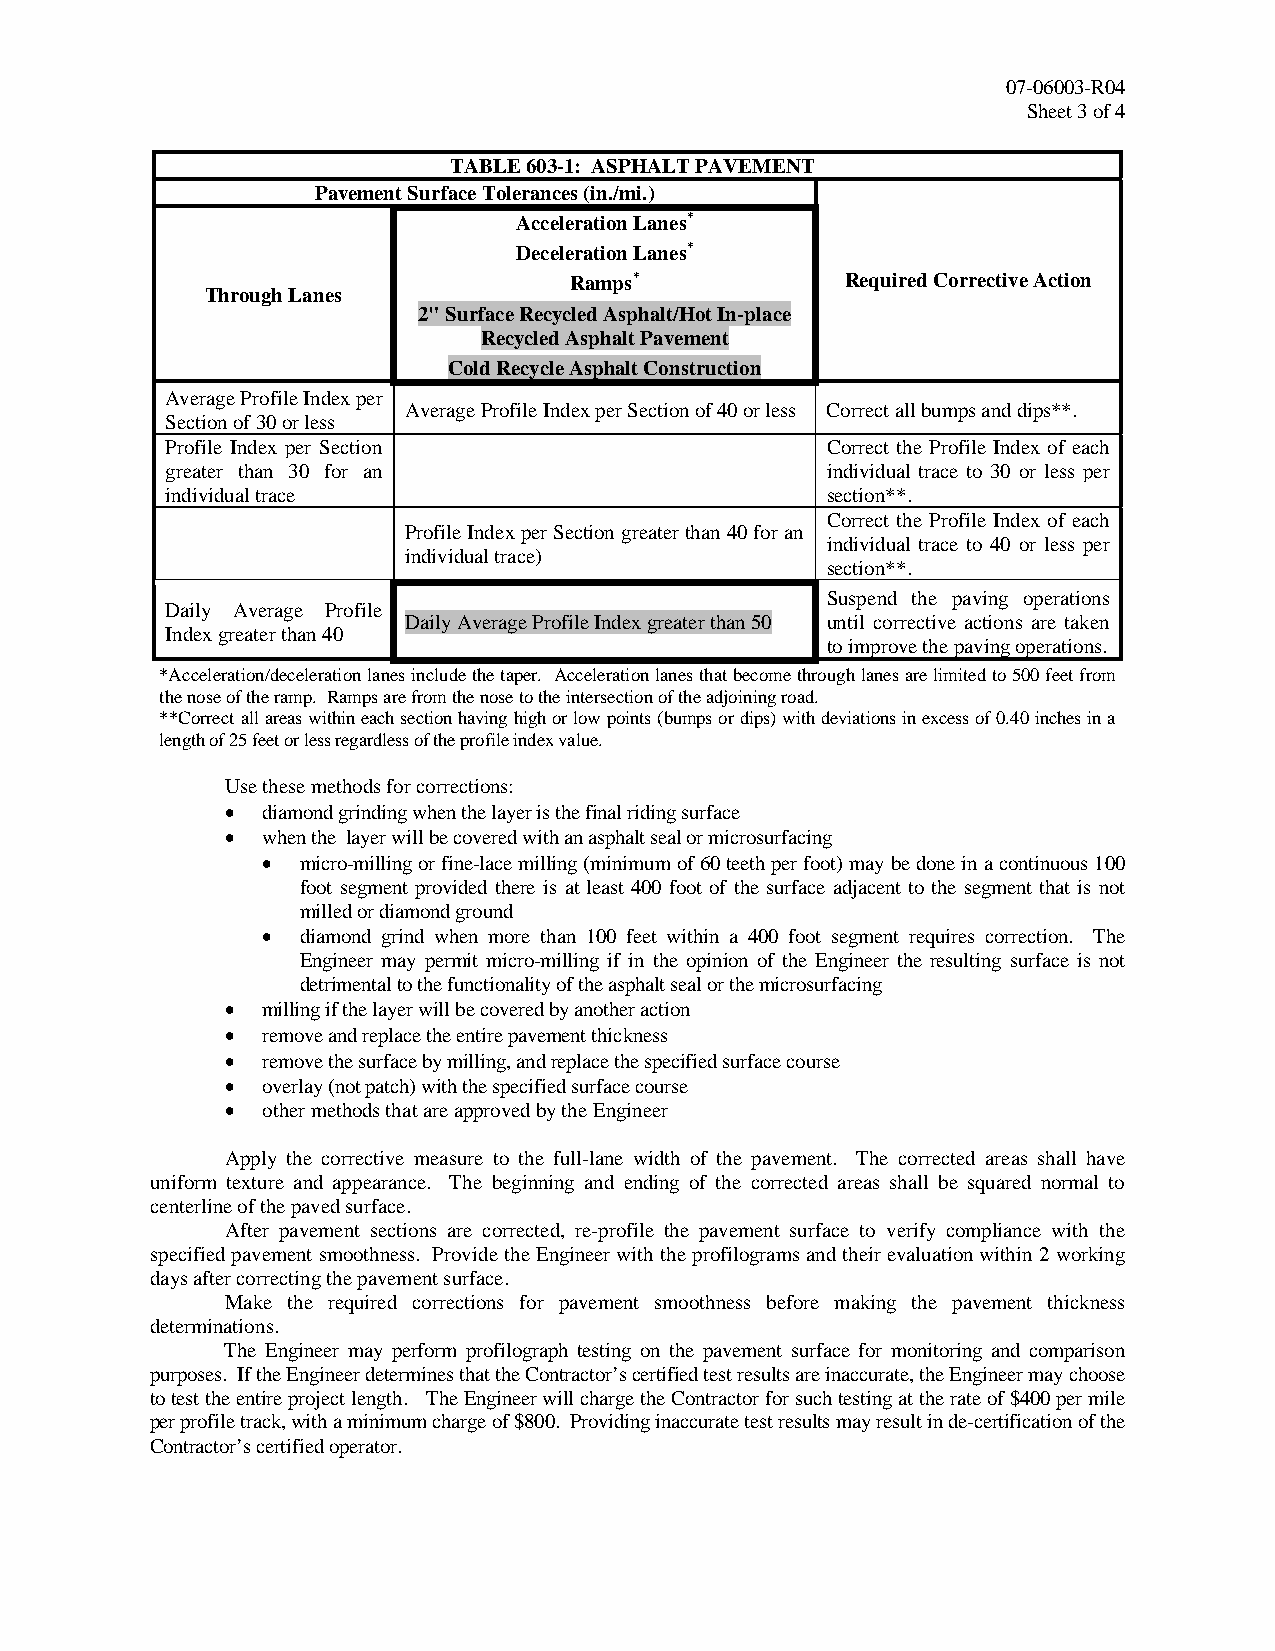
07-06003-R04
 Sheet 3 of 4
 TABLE 603-1: ASPHALT PAVEMENT
 Pavement Surface Tolerances (in./mi.)
 Acceleration Lanes*
 Deceleration Lanes*
 Ramps*            Required Corrective Action
 Through Lanes
 2" Surface Recycled Asphalt/Hot In-place
 Recycled Asphalt Pavement
 Cold Recycle Asphalt Construction
 Average Profile Index per
 Average Profile Index per Section of 40 or less Correct all bumps and dips**.
 Section of 30 or less
 Profile Index per Section                   Correct the Profile Index of each
 greater than 30 for an                      individual trace to 30 or less per
 individual trace                            section**.
 Correct the Profile Index of each
 Profile Index per Section greater than 40 for an
 individual trace to 40 or less per
 individual trace)
 section**.
 Suspend the paving operations
 Daily Average Profile
 Daily Average Profile Index greater than 50 until corrective actions are taken
 Index greater than 40
 to improve the paving operations.
 *Acceleration/deceleration lanes include the taper. Acceleration lanes that become through lanes are limited to 500 feet from
 the nose of the ramp. Ramps are from the nose to the intersection of the adjoining road.
 **Correct all areas within each section having high or low points (bumps or dips) with deviations in excess of 0.40 inches in a
 length of 25 feet or less regardless of the profile index value.
 Use these methods for corrections:
 • diamond grinding when the layer is the final riding surface
 • when the layer will be covered with an asphalt seal or microsurfacing
 •  micro-milling or fine-lace milling (minimum of 60 teeth per foot) may be done in a continuous 100
 foot segment provided there is at least 400 foot of the surface adjacent to the segment that is not
 milled or diamond ground
 •  diamond grind when more than 100 feet within a 400 foot segment requires correction. The
 Engineer may permit micro-milling if in the opinion of the Engineer the resulting surface is not
 detrimental to the functionality of the asphalt seal or the microsurfacing
 • milling if the layer will be covered by another action
 • remove and replace the entire pavement thickness
 • remove the surface by milling, and replace the specified surface course
 • overlay (not patch) with the specified surface course
 • other methods that are approved by the Engineer
 Apply the corrective measure to the full-lane width of the pavement. The corrected areas shall have
 uniform texture and appearance. The beginning and ending of the corrected areas shall be squared normal to
 centerline of the paved surface.
 After pavement sections are corrected, re-profile the pavement surface to verify compliance with the
 specified pavement smoothness. Provide the Engineer with the profilograms and their evaluation within 2 working
 days after correcting the pavement surface.
 Make the required corrections for pavement smoothness before making the pavement thickness
 determinations.
 The Engineer may perform profilograph testing on the pavement surface for monitoring and comparison
 purposes. If the Engineer determines that the Contractor’s certified test results are inaccurate, the Engineer may choose
 to test the entire project length. The Engineer will charge the Contractor for such testing at the rate of $400 per mile
 per profile track, with a minimum charge of $800. Providing inaccurate test results may result in de-certification of the
 Contractor’s certified operator.